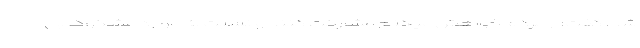
شد، گفت: از مردم خواهش میکنم مشارکت کنند و نسبت به موارد مشکوک بی